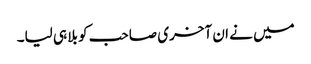
میں نے ان آخری صاحب کو بلا ہی لیا۔